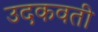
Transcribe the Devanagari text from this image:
उदकवती